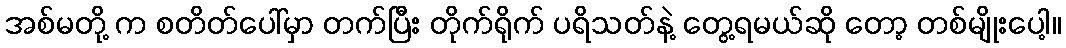
အစ်မတို့ က စတိတ်ပေါ်မှာ တက်ပြီး တိုက်ရိုက် ပရိသတ်နဲ့ တွေ့ရမယ်ဆို တော့ တစ်မျိုးပေါ့။